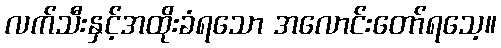
လက်သီးနှင့်အထိုးခံရသော အလောင်းတော်ရသေ့။